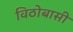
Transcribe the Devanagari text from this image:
विठोबासी